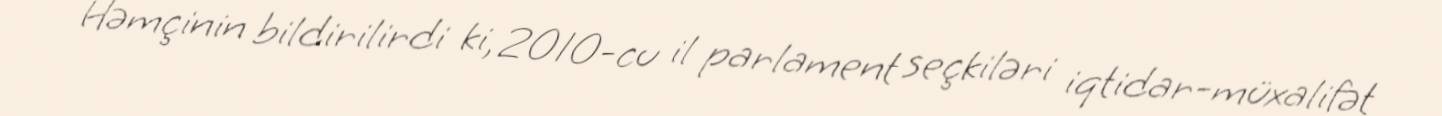
Həmçinin bildirilirdi ki, 2010-cu il parlament seçkiləri iqtidar-müxalifət